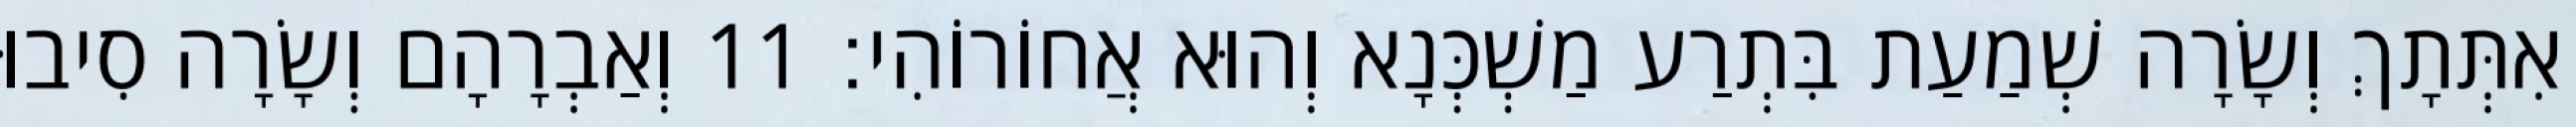
אִתְּתָךְ וְשָׂרָה שְׁמַעַת בִּתְרַע מַשְׁכְּנָא וְהוּא אֲחוֹרוֹהִי׃ 11 וְאַבְרָהָם וְשָׂרָה סִיבוּ